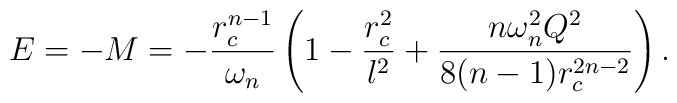
E=-M =-\frac{r_c^{n-1}}{\omega_n} \left (1 -\frac{r_c^2}{l^2} +    \frac{n\omega_n^2 Q^2}{8(n-1)r_c^{2n-2}}\right).